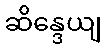
ဆိန္ဒေယျ